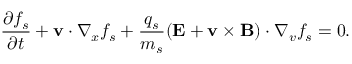
\frac { \partial f _ { s } } { \partial t } + \mathbf { v } \cdot \nabla _ { x } f _ { s } + \frac { q _ { s } } { m _ { s } } ( \mathbf { E + v \times B } ) \cdot \nabla _ { v } f _ { s } = 0 .